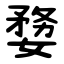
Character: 㜈